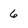
Character: 6